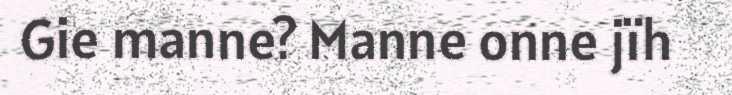
Gie manne? Manne onne jïh